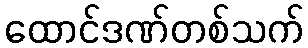
ထောင်ဒဏ်တစ်သက်